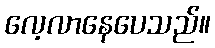
လေ့လာနေပေသည်။